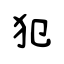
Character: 犯